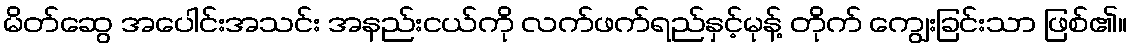
မိတ်ဆွေ အပေါင်းအသင်း အနည်းငယ်ကို လက်ဖက်ရည်နှင့်မုန့် တိုက် ကျွေးခြင်းသာ ဖြစ်၏။